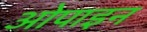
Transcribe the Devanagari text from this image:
ओपाइन